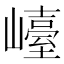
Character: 𡽩